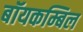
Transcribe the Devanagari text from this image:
बॉयकम्बिल